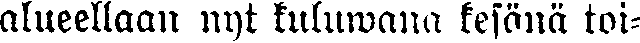
alueellaan nyt kuluwana kesänä toi-